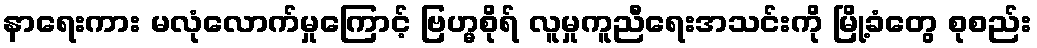
နာရေးကား မလုံလောက်မှုကြောင့် ဗြဟ္မစိုရ် လူမှုကူညီရေးအသင်းကို မြို့ခံတွေ စုစည်း